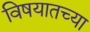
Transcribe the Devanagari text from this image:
विषयातच्या